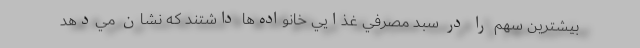
بيشترين سهم را در سبد مصرفي غذايي خانواده‌ها داشتند كه نشان مي‌دهد